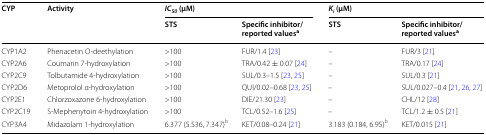
| <ROWSPAN=2> CYP | <ROWSPAN=2> Activity | <COLSPAN=2> IC50 (μM) | <COLSPAN=2> Ki (μM) |
 | STS | Specific inhibitor/reported valuesa | STS | Specific inhibitor/reported valuesa |
 | --- | --- | --- | --- | --- | --- |
 | CYP1A2 | Phenacetin O-deethylation | >100 | FUR/1.4 [23] | – | FUR/3 [21] |
 | CYP2A6 | Coumarin 7-hydroxylation | >100 | TRA/0.42 ± 0.07 [24] | – | TRA/0.17 [24] |
 | CYP2C9 | Tolbutamide 4-hydroxylation | >100 | SUL/0.3–1.5 [23, 25] | – | SUL/0.3 [21] |
 | CYP2D6 | Metoprolol α-hydroxylation | >100 | QUI/0.02–0.68 [23, 25] | – | SUL/0.027–0.4 [21, 26, 27] |
 | CYP2E1 | Chlorzoxazone 6-hydroxylation | >100 | DIE/21.30 [23] | – | CHL/12 [28] |
 | CYP2C19 | S-Mephenytoin 4-hydroxylation | >100 | TCL/0.52–1.6 [25] | – | TCL/1.2 ± 0.5 [21] |
 | CYP3A4 | Midazolam 1-hydroxylation | 6.377 (5.536, 7.347)b | KET/0.08–0.24 [21] | 3.183 (0.184, 6.95)b | KET/0.015 [21] |